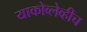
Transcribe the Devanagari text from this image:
याकोव्लेव्हीच